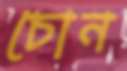
চোন